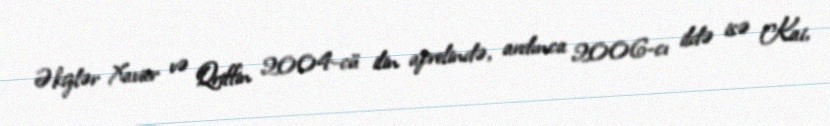
Əkizlər Xavier və Qriffin 2004-cü ilin aprelində, ardınca 2006-cı ildə isə Kai,